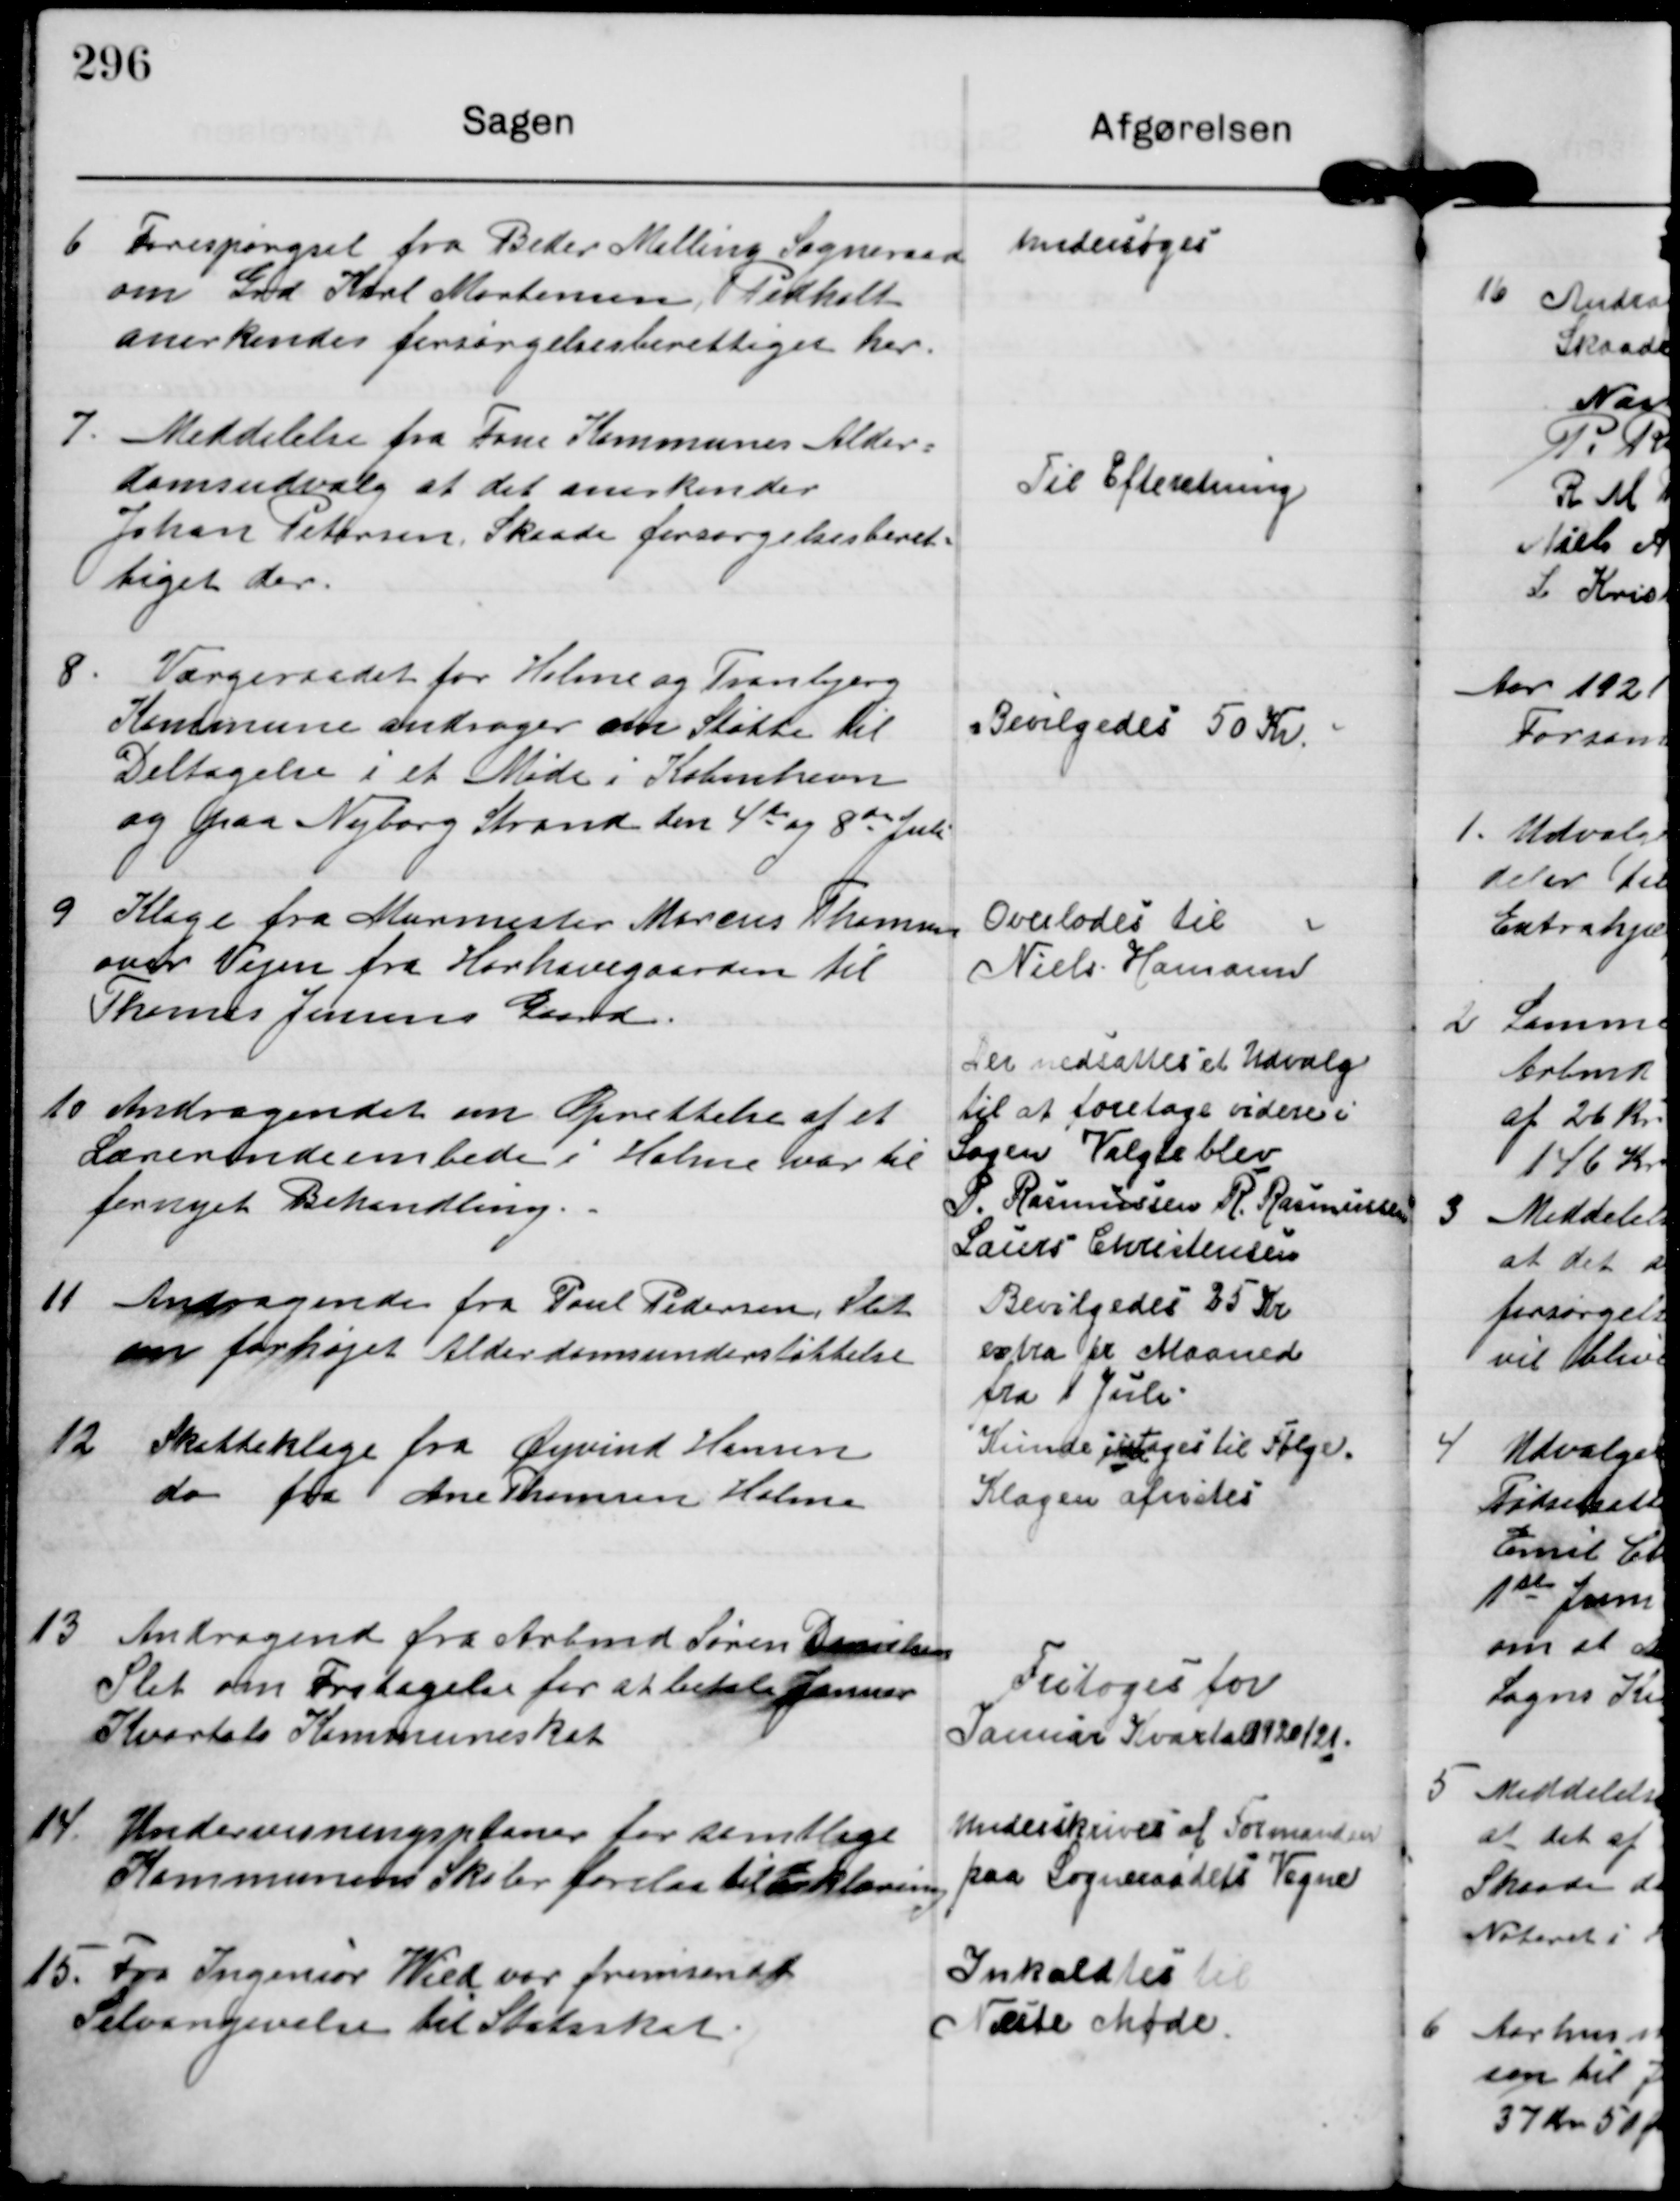
Transskription:
6

Forespørgsel fra Beder Malling Sogneraad
om Grd Karl Mortensen Pidholt
anerkendes forsørgelsesberettiget her.

undersøges

7

Meddelelse fra Føns Kommunes Alder-
domsudvalg at det anerkender
Johan Petersen Skaade forsørgelsesberet-
tiget der

Til Efteretning.

8

Værgeraadet for Holme og Tranbjerg
Kommune andrager om Støtte til
Deltagelse i et Møde i København
og paa Nyborg Strand den 4de og 8de Juli

Bevilgedes 50 Kr.

9

Klage fra Murermester Marius Thomsen
over Vejen fra Hørhavegaarden til
Thomas Jensens Gaard.

Overlodes til
Niels Hamann

10

Andragendet om Oprettelse af et
Lærerindeembede i Holme var til
fornyet Behandling.

Der nedsattes et Udvalg
til at foretage videre i
Sagen. Valgte blev
P. Rasmussen R. Rasmussen
Laurs Christensen

11

Andragende fra Paul Pedersen Slet
om forhøjet Alderdomsunderstøttelse

Bevilgedes 25 Kr
extra pr Maaned
fra 1 Juli

12

Skatteklage fra Øyvind Hansen
do fra Ane Thomsen Holme

Kunde ikke tages til Følge.
Klagen afvistes

13

Andragend fra Arbmd Søren Danielsen
Slet om Fritagelse for at betale Januar
Kvartals Kommuneskat

Fritoges for
Januar Kvartal 1920/21.

14

Undervisningsplaner for samtlige
Kommunens Skoler forelaa til Erklæring

Underskrives af Formanden
paa Sogneraadets Vegne

15.

Fra Ingeniør Wied var fremsendt
Selvangivelse til Statsskat

Inkaldtes til
Næste Møde